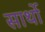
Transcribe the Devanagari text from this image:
सार्थो